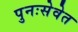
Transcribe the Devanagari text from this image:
पुनःसेवेत